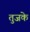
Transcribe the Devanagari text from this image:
तुजके